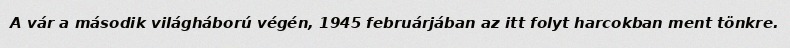
A vár a második világháború végén, 1945 februárjában az itt folyt harcokban ment tönkre.